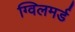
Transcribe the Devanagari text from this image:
ग्विलमर्ड